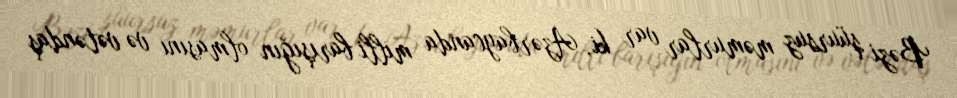
Bəzi şüursuz məmurlar var ki, Azərbaycanda milli barışığın olmasını və vətəndaş